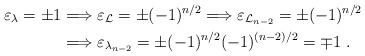
LaTeX: \begin{align*} \varepsilon_{\lambda} = \pm 1 & \Longrightarrow\varepsilon_{\mathcal L} = \pm (-1)^{n/2} \Longrightarrow\varepsilon_{{\mathcal L}_{n-2}} = \pm (-1)^{n/2} \\ & \Longrightarrow \varepsilon_{\lambda_{n-2}} = \pm (-1)^{n/2} (-1)^{(n-2)/2} = \mp 1\ .\end{align*}